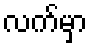
လက်မှာ